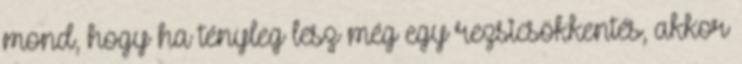
mond, hogy ha tényleg lesz még egy rezsicsökkentés, akkor